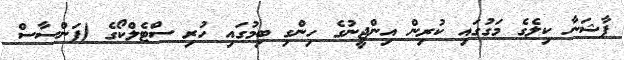
ފާޝަނާ ކިލެގެ މަގުގައި ކުރިން އިންޖީނުގެ ހިންގި ބިމުގައި ހުރި ސްޓެލްކޯގެ (ފަންސާސް